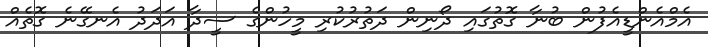
އެމްއެންޑީއެފުން ބުނާ ގޮތުގައި ދޯނިން ދަތުރުކުރި މީހުންގެ ސީދާ އަދަދު އެނގޭނެ ގޮތެއް